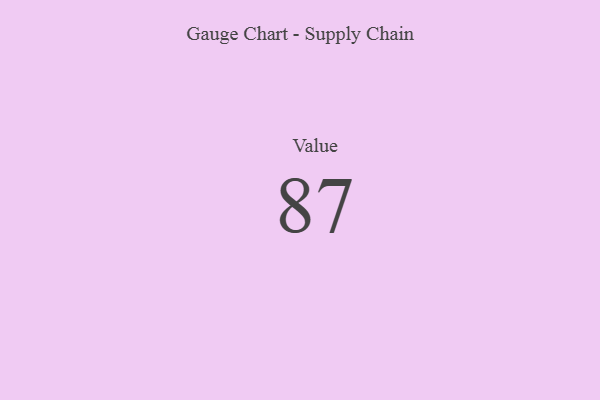
{"axis": {"x": "Metric", "y": "Value"}, "legend": [""], "data": [{"x": "Value", "y": 87, "type": ""}]}